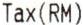
TAX(RM)